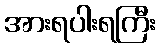
အားရပါးရကြီး